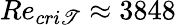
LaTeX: Re_{cri\mathscr{T}}\approx3848